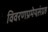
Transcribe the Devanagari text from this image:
विवरणप्रमेयसंग्रह